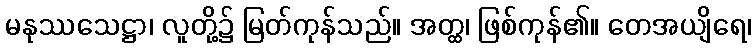
မနုဿသေဋ္ဌာ၊ လူတို့၌ မြတ်ကုန်သည်။ အတ္ထ၊ ဖြစ်ကုန်၏။ တေအယျိရေ၊